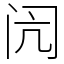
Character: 闶